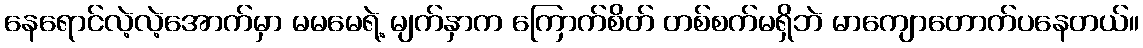
နေရောင်လဲ့လဲ့အောက်မှာ မမမေရဲ့ မျက်နှာက ကြောက်စိတ် တစ်စက်မရှိဘဲ မာကျောတောက်ပနေတယ်။